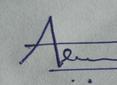
Signature authenticity: genuine